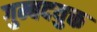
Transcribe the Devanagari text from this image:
गुम्बदयुक्त